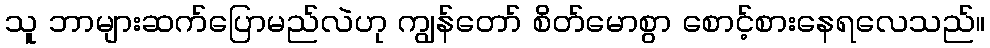
သူ ဘာများဆက်ပြောမည်လဲဟု ကျွန်တော် စိတ်မောစွာ စောင့်စားနေရလေသည်။